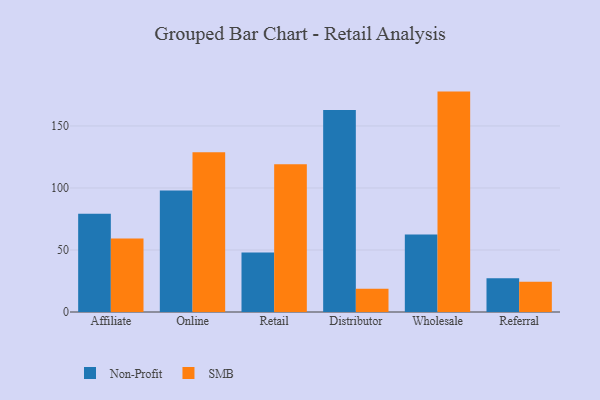
{"axis": {"x": "Channel", "y": "Inventory Turnover"}, "legend": ["Non-Profit", "SMB"], "data": [{"x": "Affiliate", "y": 79.2, "type": "Non-Profit"}, {"x": "Affiliate", "y": 59.2, "type": "SMB"}, {"x": "Online", "y": 97.9, "type": "Non-Profit"}, {"x": "Online", "y": 128.8, "type": "SMB"}, {"x": "Retail", "y": 47.9, "type": "Non-Profit"}, {"x": "Retail", "y": 119.2, "type": "SMB"}, {"x": "Distributor", "y": 162.8, "type": "Non-Profit"}, {"x": "Distributor", "y": 18.7, "type": "SMB"}, {"x": "Wholesale", "y": 62.5, "type": "Non-Profit"}, {"x": "Wholesale", "y": 177.7, "type": "SMB"}, {"x": "Referral", "y": 27.2, "type": "Non-Profit"}, {"x": "Referral", "y": 24.3, "type": "SMB"}]}